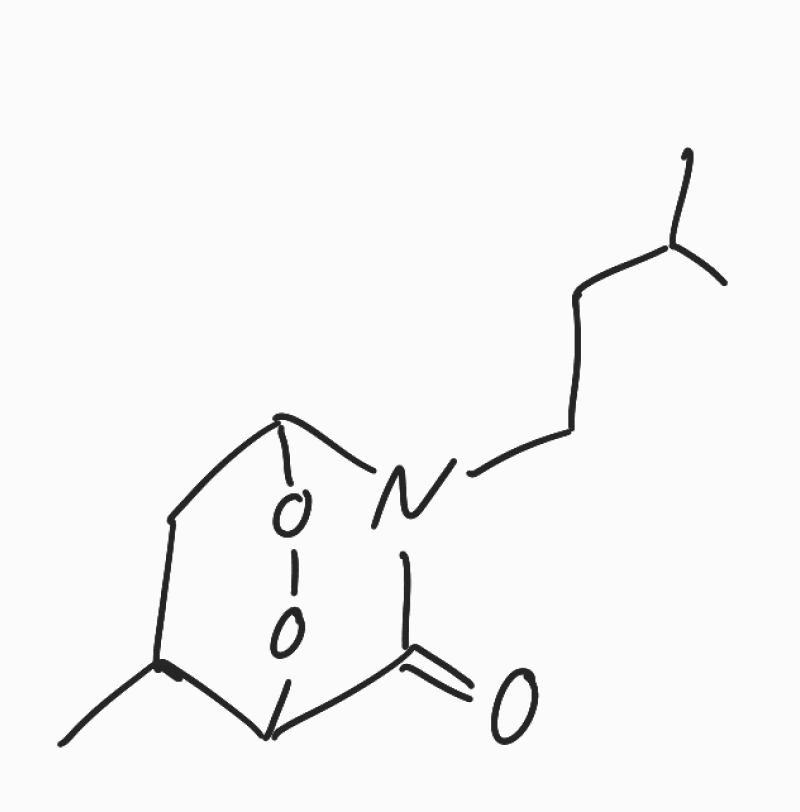
Simplified molecular-input line-entry system (SMILES) notation of the given molecule:
CC1CC2N(C(=O)C1OO2)CCC(C)C